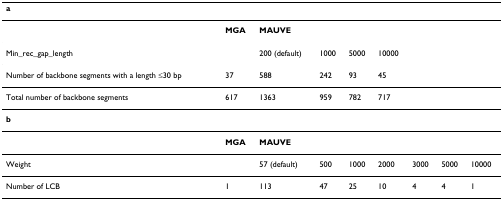
<table><thead><tr><td colspan="9"><b>a</b></td></tr></thead><tbody><tr><td></td><td><b>MGA</b></td><td colspan="7"><b>MAUVE</b></td></tr><tr><td>Min_rec_gap_length</td><td></td><td>200 (default)</td><td>1000</td><td>5000</td><td>10000</td><td></td><td></td><td></td></tr><tr><td>Number of backbone segments with a length ≤30 bp</td><td>37</td><td>588</td><td>242</td><td>93</td><td>45</td><td></td><td></td><td></td></tr><tr><td>Total number of backbone segments</td><td>617</td><td>1363</td><td>959</td><td>782</td><td>717</td><td></td><td></td><td></td></tr><tr><td colspan="9"><b>b</b></td></tr><tr><td></td><td><b>MGA</b></td><td colspan="7"><b>MAUVE</b></td></tr><tr><td>Weight</td><td></td><td>57 (default)</td><td>500</td><td>1000</td><td>2000</td><td>3000</td><td>5000</td><td>10000</td></tr><tr><td>Number of LCB</td><td>1</td><td>113</td><td>47</td><td>25</td><td>10</td><td>4</td><td>4</td><td>1</td></tr></tbody></table>